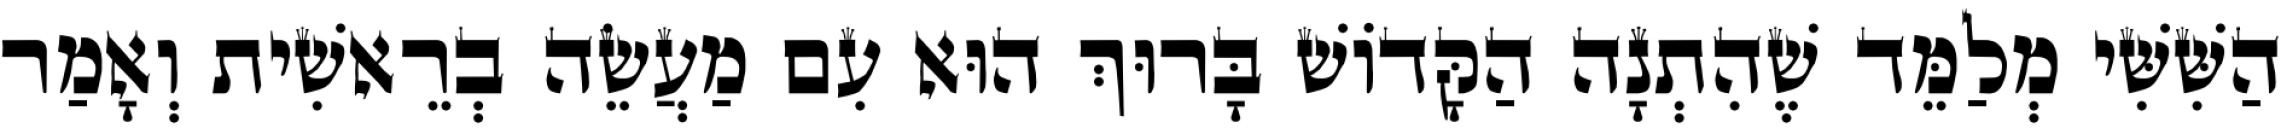
הַשִּׁשִּׁי מְלַמֵּד שֶׁהִתְנָה הַקָּדוֹשׁ בָּרוּךְ הוּא עִם מַעֲשֵׂה בְרֵאשִׁית וְאָמַר